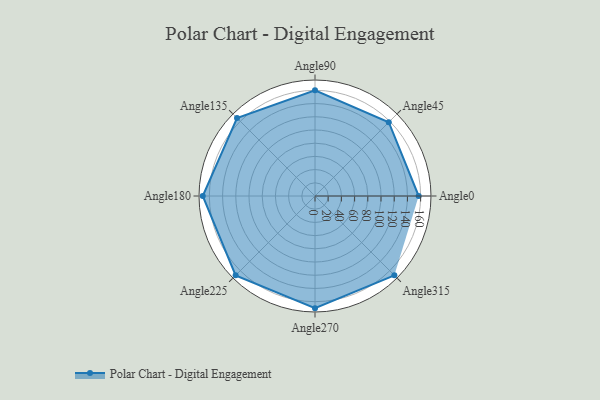
{"axis": {"x": "Angle", "y": "Radius"}, "legend": [""], "data": [{"x": "Angle0", "y": 157.0, "type": ""}, {"x": "Angle45", "y": 158.0, "type": ""}, {"x": "Angle90", "y": 160.0, "type": ""}, {"x": "Angle135", "y": 167.0, "type": ""}, {"x": "Angle180", "y": 170, "type": ""}, {"x": "Angle225", "y": 170, "type": ""}, {"x": "Angle270", "y": 170, "type": ""}, {"x": "Angle315", "y": 170, "type": ""}]}